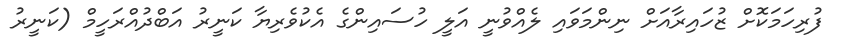
ފުރިހަމަކޮށް ޒުހައިރާއަށް ނިންމަވައި ލެއްވުނީ އަލީ ހުސައިންގެ އެކުވެރިޔާ ކަނީރު އަބްދުއްރަހީމް (ކަނީރު